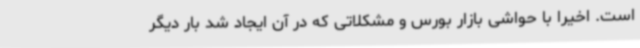
است. اخیرا با حواشی بازار بورس و مشکلاتی که در آن ایجاد شد بار دیگر